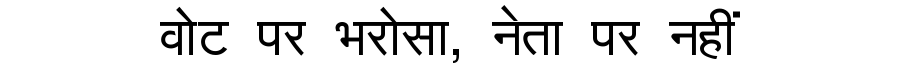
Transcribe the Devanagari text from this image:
वोट पर भरोसा, नेता पर नहीं